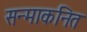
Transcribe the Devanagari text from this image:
सन्माकनित